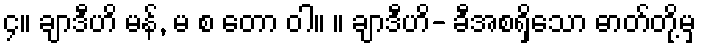
၄။ ချာဒီဟိ မန်, မ စ တော ဝါ။ ။ ချာဒီဟိ- ခီအစရှိသော ဓာတ်တို့မှ